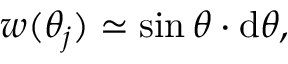
w ( \theta _ { j } ) \simeq \sin \theta \cdot \mathrm { d } \theta ,